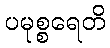
ပမုစ္စရေတိ